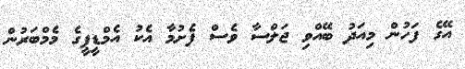
އޭގެ ފަހުން މިއަދު ބޭއްވި ޖަލްސާ ވެސް ފެށުމާ އެކު އެމްޑީޕީގެ މެމްބަރުން